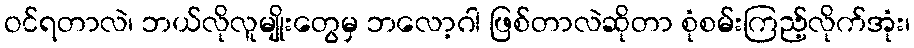
ဝင်ရတာလဲ၊ ဘယ်လိုလူမျိုးတွေမှ ဘလော့ဂါ ဖြစ်တာလဲဆိုတာ စုံစမ်းကြည့်လိုက်အုံး၊